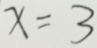
x = 3